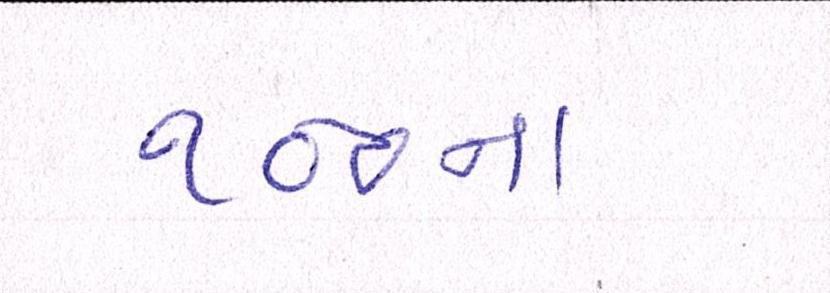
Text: ૧૦૦ના